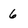
Character: 6